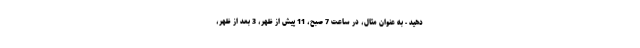
دهید - به عنوان مثال، در ساعت 7 صبح، 11 پیش از ظهر، 3 بعد از ظهر،